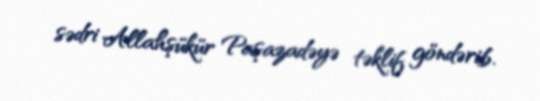
sədri Allahşükür Paşazadəyə təklif göndərib.